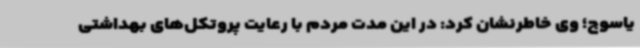
یاسوج؛ وی خاطرنشان کرد: در این مدت مردم با رعایت پروتکل‌های بهداشتی